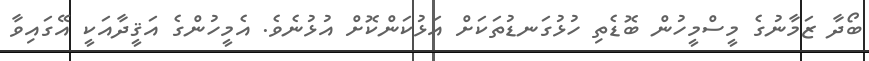
ބޯދާ ޒަމާނުގެ މީސްމީހުން ބޮޑެތި ހުޅުގަނޑުތަކަށް އަޅުކަންކޮށް އުޅުނެވެ. އެމީހުންގެ އަޤީދާއަކީ އޭގައިވާ